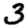
Digit: 3